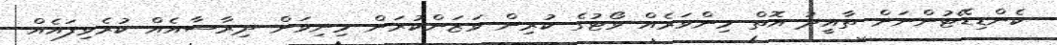
ކެންޑިޑޭޓުންނަށް ތާއީދު އޮތް މިންވަރެއް ވޯޓުގެ ކުރިން ވަޒަންކުރަން މިނިވަން ދިރާސާއެއް ކުރެވިފައެއް